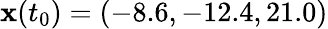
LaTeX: \mathbf{x}(t_{0})=(-8.6,-12.4,21.0)